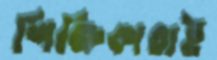
শিক্ষিকারাই